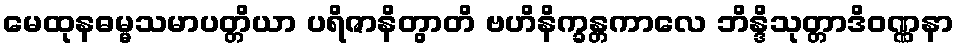
မေထုနဓမ္မသမာပတ္တိယာ ပရိဇာနိတွာတိ ဗဟိနိက္ခန္တကာလေ ဘိန္ဒိသုတ္တာဒိဝဏ္ဏနာ